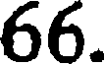
66.